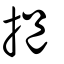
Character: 挹